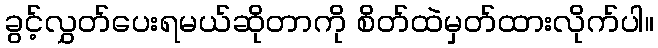
ခွင့်လွှတ်ပေးရမယ်ဆိုတာကို စိတ်ထဲမှတ်ထားလိုက်ပါ။